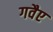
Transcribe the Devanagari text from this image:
गवैए